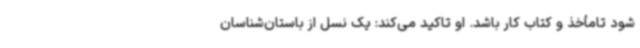
شود تامأخذ و کتاب کار باشد. او تاکید می‌کند: یک نسل از باستان‌شناسان